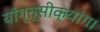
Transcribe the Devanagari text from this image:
यांग्त्सीक्यांग।